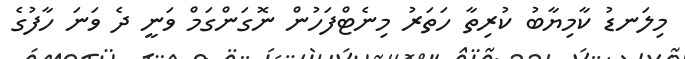
މިލަނޑު ކާމިޔާބު ކުރިތާ ހަތަރު މިނެޓްފަހުން ނޮގަންގަމް ވަނީ ދެ ވަނަ ހާފުގެ